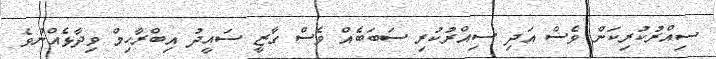
ސިއްރުކުރިކަން ވެސް އަދި ސިއްރުކުރި ސަބަބެއް ވެސް ގާޒީ ސައީދު އިބްރާހިމް ވިދާޅެއްނުވެ